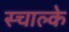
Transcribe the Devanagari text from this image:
स्चाल्के